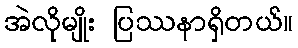
အဲလိုမျိုး ပြဿနာရှိတယ်။